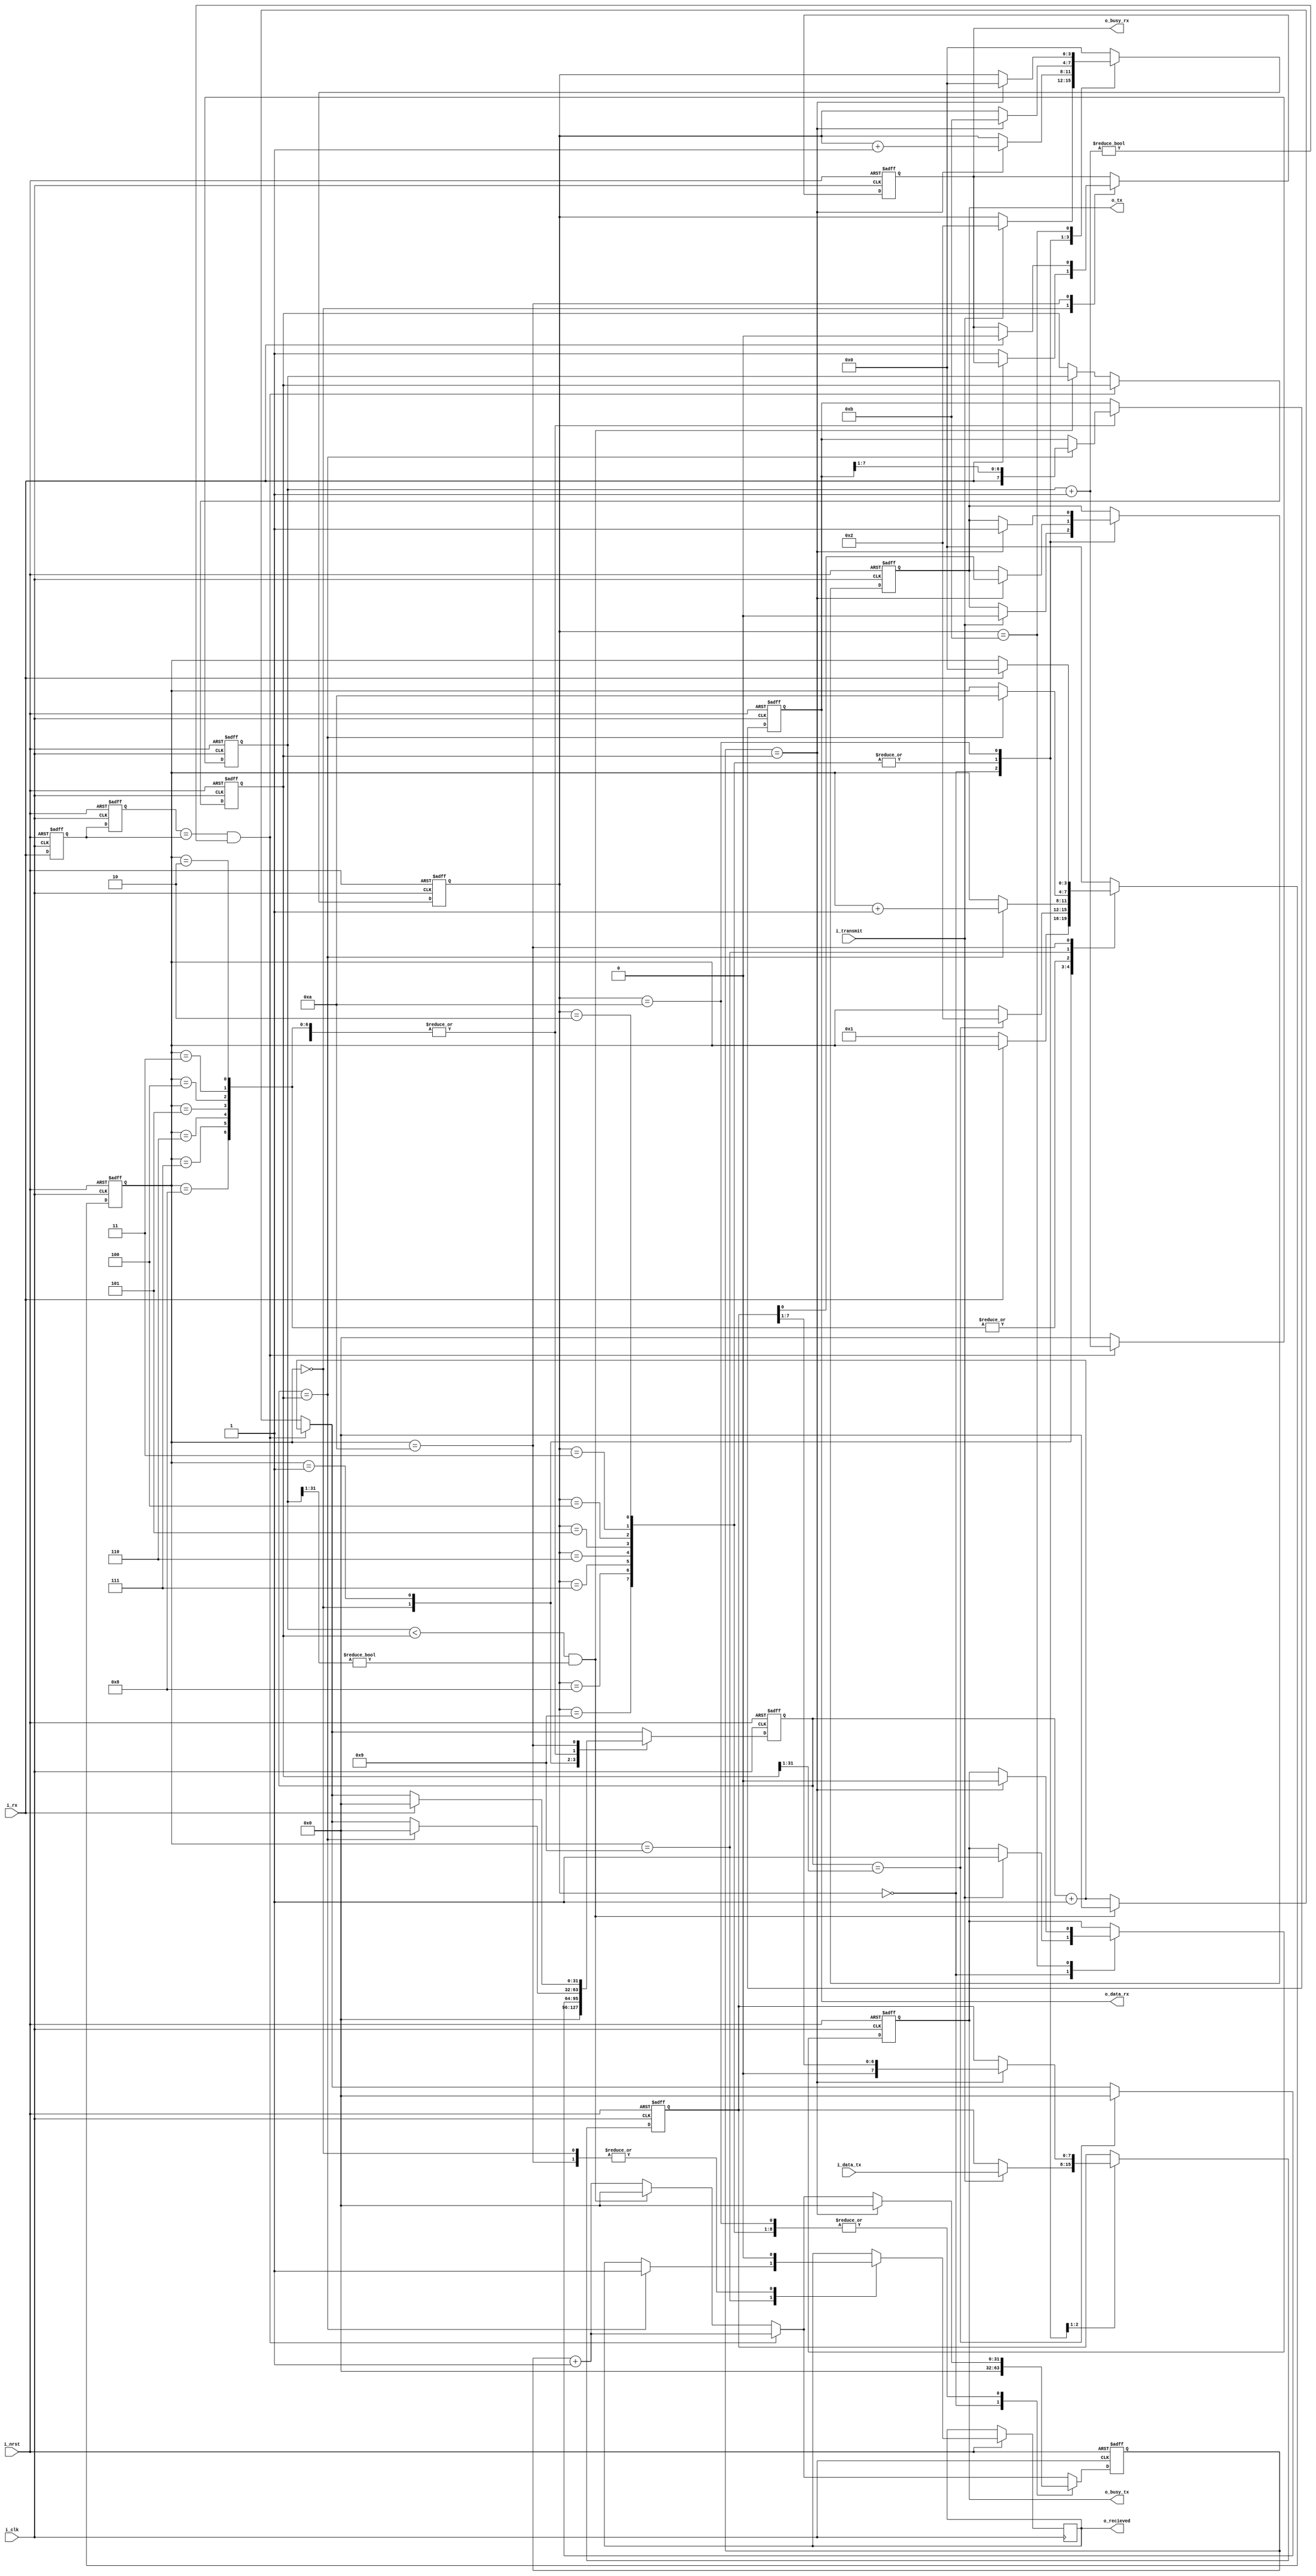
module uart_autobaud(
   input             i_clk,
   input             i_nrst,
   input             i_transmit,    // Raise to trasmit
   input       [7:0] i_data_tx,     // Transmit this
   input             i_rx,
   output reg        o_busy_tx,
   output reg        o_busy_rx,
   output reg        o_recieved,    // Raised when byte recieved, zero when getting
   output reg  [7:0] o_data_rx,     // This is recieved
   output reg        o_tx
);


   // Params
   parameter   RX_IDLE  = 4'h0,
               RX_START = 4'h1,
               RX_1     = 4'h2,
               RX_2     = 4'h3,
               RX_3     = 4'h4,
               RX_4     = 4'h5,
               RX_5     = 4'h6,
               RX_6     = 4'h7,
               RX_7     = 4'h8,
               RX_8     = 4'h9,
               RX_WAIT  = 4'hA,
   

               TX_IDLE  = 4'h0, 
               TX_START = 4'h1, 
               TX_1     = 4'h2,
               TX_2     = 4'h3,
               TX_3     = 4'h4,
               TX_4     = 4'h5,
               TX_5     = 4'h6,
               TX_6     = 4'h7,
               TX_7     = 4'h8,
               TX_8     = 4'h9,
               TX_WAIT  = 4'hA,
               TX_BUSY  = 4'hB;

   // Internal Regs
   reg   [3:0]    state_rx;
   reg   [31:0]   count_rx;

   reg   [3:0]    state_tx;
   reg   [31:0]   count_tx;
   reg   [7:0]    shift_tx;
 
   reg            delay_1;
   reg            delay_2;
   reg   [31:0]   timer;
   reg   [31:0]   baud;

   wire  [31:0]   timer_next;

   assign timer_next = timer + 'd1;

   always @(posedge i_clk or negedge i_nrst) begin
      if(!i_nrst) begin

         // RX
         count_rx    <= 0;
         o_data_rx     <= 0;
         o_busy_rx     <= 0;
         state_rx    <= RX_IDLE;

         // TX
         count_tx    <= 0;
         shift_tx    <= 0;
         o_busy_tx     <= 0;
         state_tx    <= TX_IDLE;
         o_tx          <= 1;

         // Autobaud
         baud        <= 32'hFFFFFFFF;
         timer       <= 32'h0;
         delay_1     <= 1'b0;
         delay_2     <= 1'b0;

      end else begin
         // Default to count
         count_rx <= count_rx + 'd1;
         count_tx <= count_tx + 'd1;

         // Autobaud 
         delay_1     <= i_rx;
         delay_2     <= delay_1;
         if( (delay_2 == delay_1) && (timer_next != 'd0)) begin
            timer    <= timer_next; 
         end else begin
            timer    <= 32'b0;
            if((timer < baud) && (timer[31:1] != 'd0)) begin
               baud     <= timer;
               count_rx <= 1'b0;
               count_tx <= 1'b0;
            end 
         end


         // RX state machine
         case(state_rx)
            RX_IDLE:    begin                                     // Wait for incoming
                           count_rx    <= 0;
                           o_recieved    <= 0;
                           if(!i_rx) begin
                              state_rx <= RX_START;
                              o_busy_rx  <= 1; 
                           end
                        end
            RX_START:   if(count_rx == (baud >> 1)) begin             // Half sample
                           state_rx    <= RX_1;
                           count_rx    <= 0;
                        end
            RX_1, 
            RX_2, 
            RX_3, 
            RX_4, 
            RX_5, 
            RX_6, 
            RX_7:       if(count_rx == baud) begin                // Shift in bits
                           o_data_rx    <= {i_rx,o_data_rx[7:1]};
                           count_rx    <= 0;
                           state_rx <= state_rx + 1'b1;
                        end
            RX_8:       if(count_rx == baud) begin                // Last bit
                           o_data_rx     <= {i_rx,o_data_rx[7:1]};
                           count_rx    <= 0;
                           state_rx    <= RX_WAIT;
                           o_recieved    <= 1;
                        end
            RX_WAIT:    begin
                           o_recieved    <= 0;
                           if(i_rx) begin                           // Wait for line to go high
                              o_busy_rx     <= 0;
                              state_rx    <= RX_IDLE;
                              count_rx    <= 0;
                           end
                        end
            default:    state_rx       <= RX_IDLE;
         endcase


         // TX state machine
         case(state_tx)
            TX_IDLE:    begin                                     // When told to transmit take line low
                           count_tx    <= 0;
                           if(i_transmit) begin
                              shift_tx <= i_data_tx;
                              state_tx <= TX_1;
                              o_busy_tx  <= 1;
                              o_tx       <= 0; 
                              
                           end
                        end
            TX_1, 
            TX_2, 
            TX_3, 
            TX_4, 
            TX_5, 
            TX_6, 
            TX_7,
            TX_8:       if(count_tx == baud) begin                // Shift out bits
                           o_tx          <= shift_tx[0];
                           shift_tx    <= shift_tx >> 1;
                           count_tx    <= 0;
                           state_tx <= state_tx + 1'b1;
                        end
            TX_WAIT:    if(count_tx == baud) begin                // Return line high and wait
                           state_tx    <= TX_BUSY;
                           o_tx          <= 1;
                           count_tx    <= 0;
                        end
            TX_BUSY:    if(count_tx == baud) begin                // Keep the line high for one baud period
                           state_tx    <= TX_IDLE;
                           o_busy_tx     <= 0; 
                        end
            default:    state_tx       <= TX_IDLE;
         endcase
      end
   end
endmodule